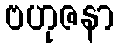
ဗဟုဇနာ